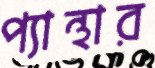
প্যান্থার